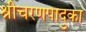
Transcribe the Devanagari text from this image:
श्रीचरणपादुका